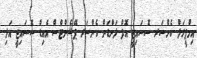
އިމްޕީރަލް ކެންސަރ ސޮސައިޓީ އޮފް ލަންޑަން ކެންސަރ ޕޭޝެންޓްސް އެއިޑް ސޮސައިޓީ އަދި